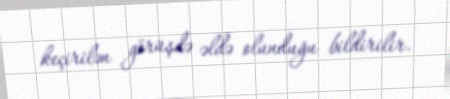
keçirilən görüşdə əldə olunduğu bildirilir.